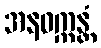
အနဝက္ကန္တံ